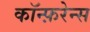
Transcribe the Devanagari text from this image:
कॉन्फ़रेन्स